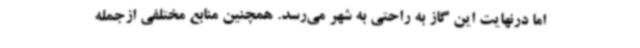
اما درنهایت این گاز به راحتی به شهر می‌رسد. همچنین منابع مختلفی ازجمله